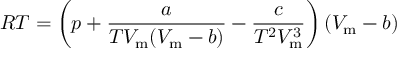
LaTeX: R T = \left( p + { \frac { a } { T V _ { \mathrm { m } } ( V _ { \mathrm { m } } - b ) } } - { \frac { c } { T ^ { 2 } V _ { \mathrm { m } } ^ { 3 } } } \right) \left( V _ { \mathrm { m } } - b \right)